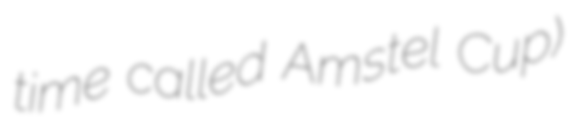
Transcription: time called Amstel Cup)